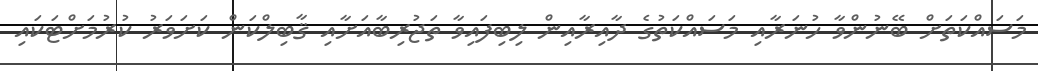
މަސައްކަތަށް ބޭނުންވާ ހުނަރާއި މަސައްކަތުގެ ދާއިރާއިން ލިބިފައިވާ ތަޖުރިބާއަށާއި ޤާބިލްކަން ކަށަވަރު ކުރުމަށްޓަކައި